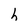
Character: h